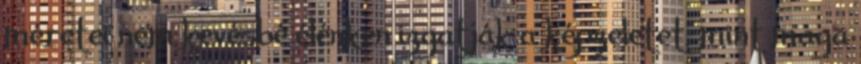
méretei nem kevésbé élénken izgatják a képzeletet, mint maga